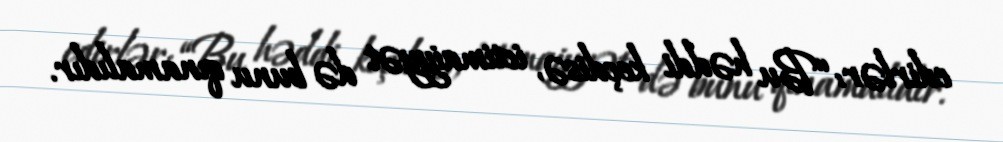
edirlər: “Bu həddi keçdisə, ictimaiyyət də bunu qınamalıdır.